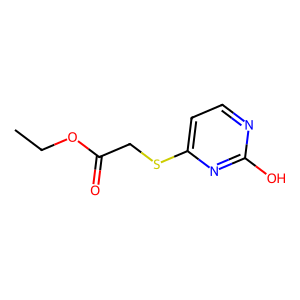
SMILES: CCOC(=O)CSc1ccnc(O)n1
Inhibits HIV replication: No